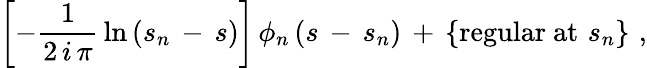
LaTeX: \left[-\frac{1}{2\, i\, \pi}\, \ln\, (s_{n}\, -\, s)\right]\, \phi_{n}\, (s\, -\, s_{n})\, +\, \{ \mathrm{regular~at}\, \, s_{n}\} \, \, ,